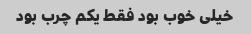
خیلی خوب بود فقط یکم چرب بود